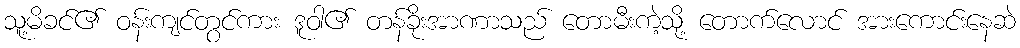
သူ့မိခင်၏ ဝန်းကျင်တွင်ကား ဒူဝါ၏ တန်ခိုးအာဏာသည် တောမီးကဲ့သို့ တောက်လောင် အားကောင်းနေဆဲ